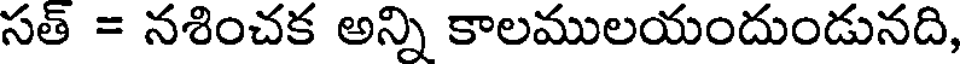
సత్ = నశించక అన్ని కాలములయందుండునది,